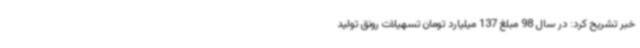
خبر تشریح کرد: در سال 98 مبلغ 137 میلیارد تومان تسهیلات رونق تولید